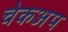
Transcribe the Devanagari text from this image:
चेकअप